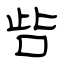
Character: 呰